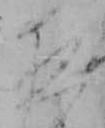
夜